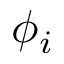
\phi _ { i }